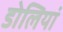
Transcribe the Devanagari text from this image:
डोलियां